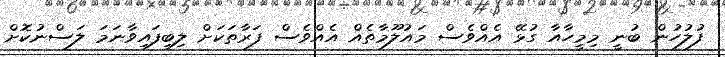
ފުލުހުން ބުނީ މިމީހާއާ ގުޅޭ އެއްވެސް މައުލޫމާތެއް އެއްވެސް ފަރާތަކަށް ލިބިފައިވާނަމަ ލަސްނުކޮށް